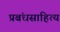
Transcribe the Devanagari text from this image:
प्रबंधसाहित्य